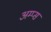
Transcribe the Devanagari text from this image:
अम्प्स